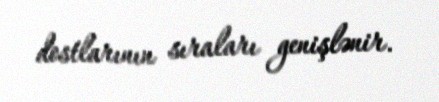
dostlarının sıraları genişlənir.